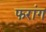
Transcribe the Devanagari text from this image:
फरांग